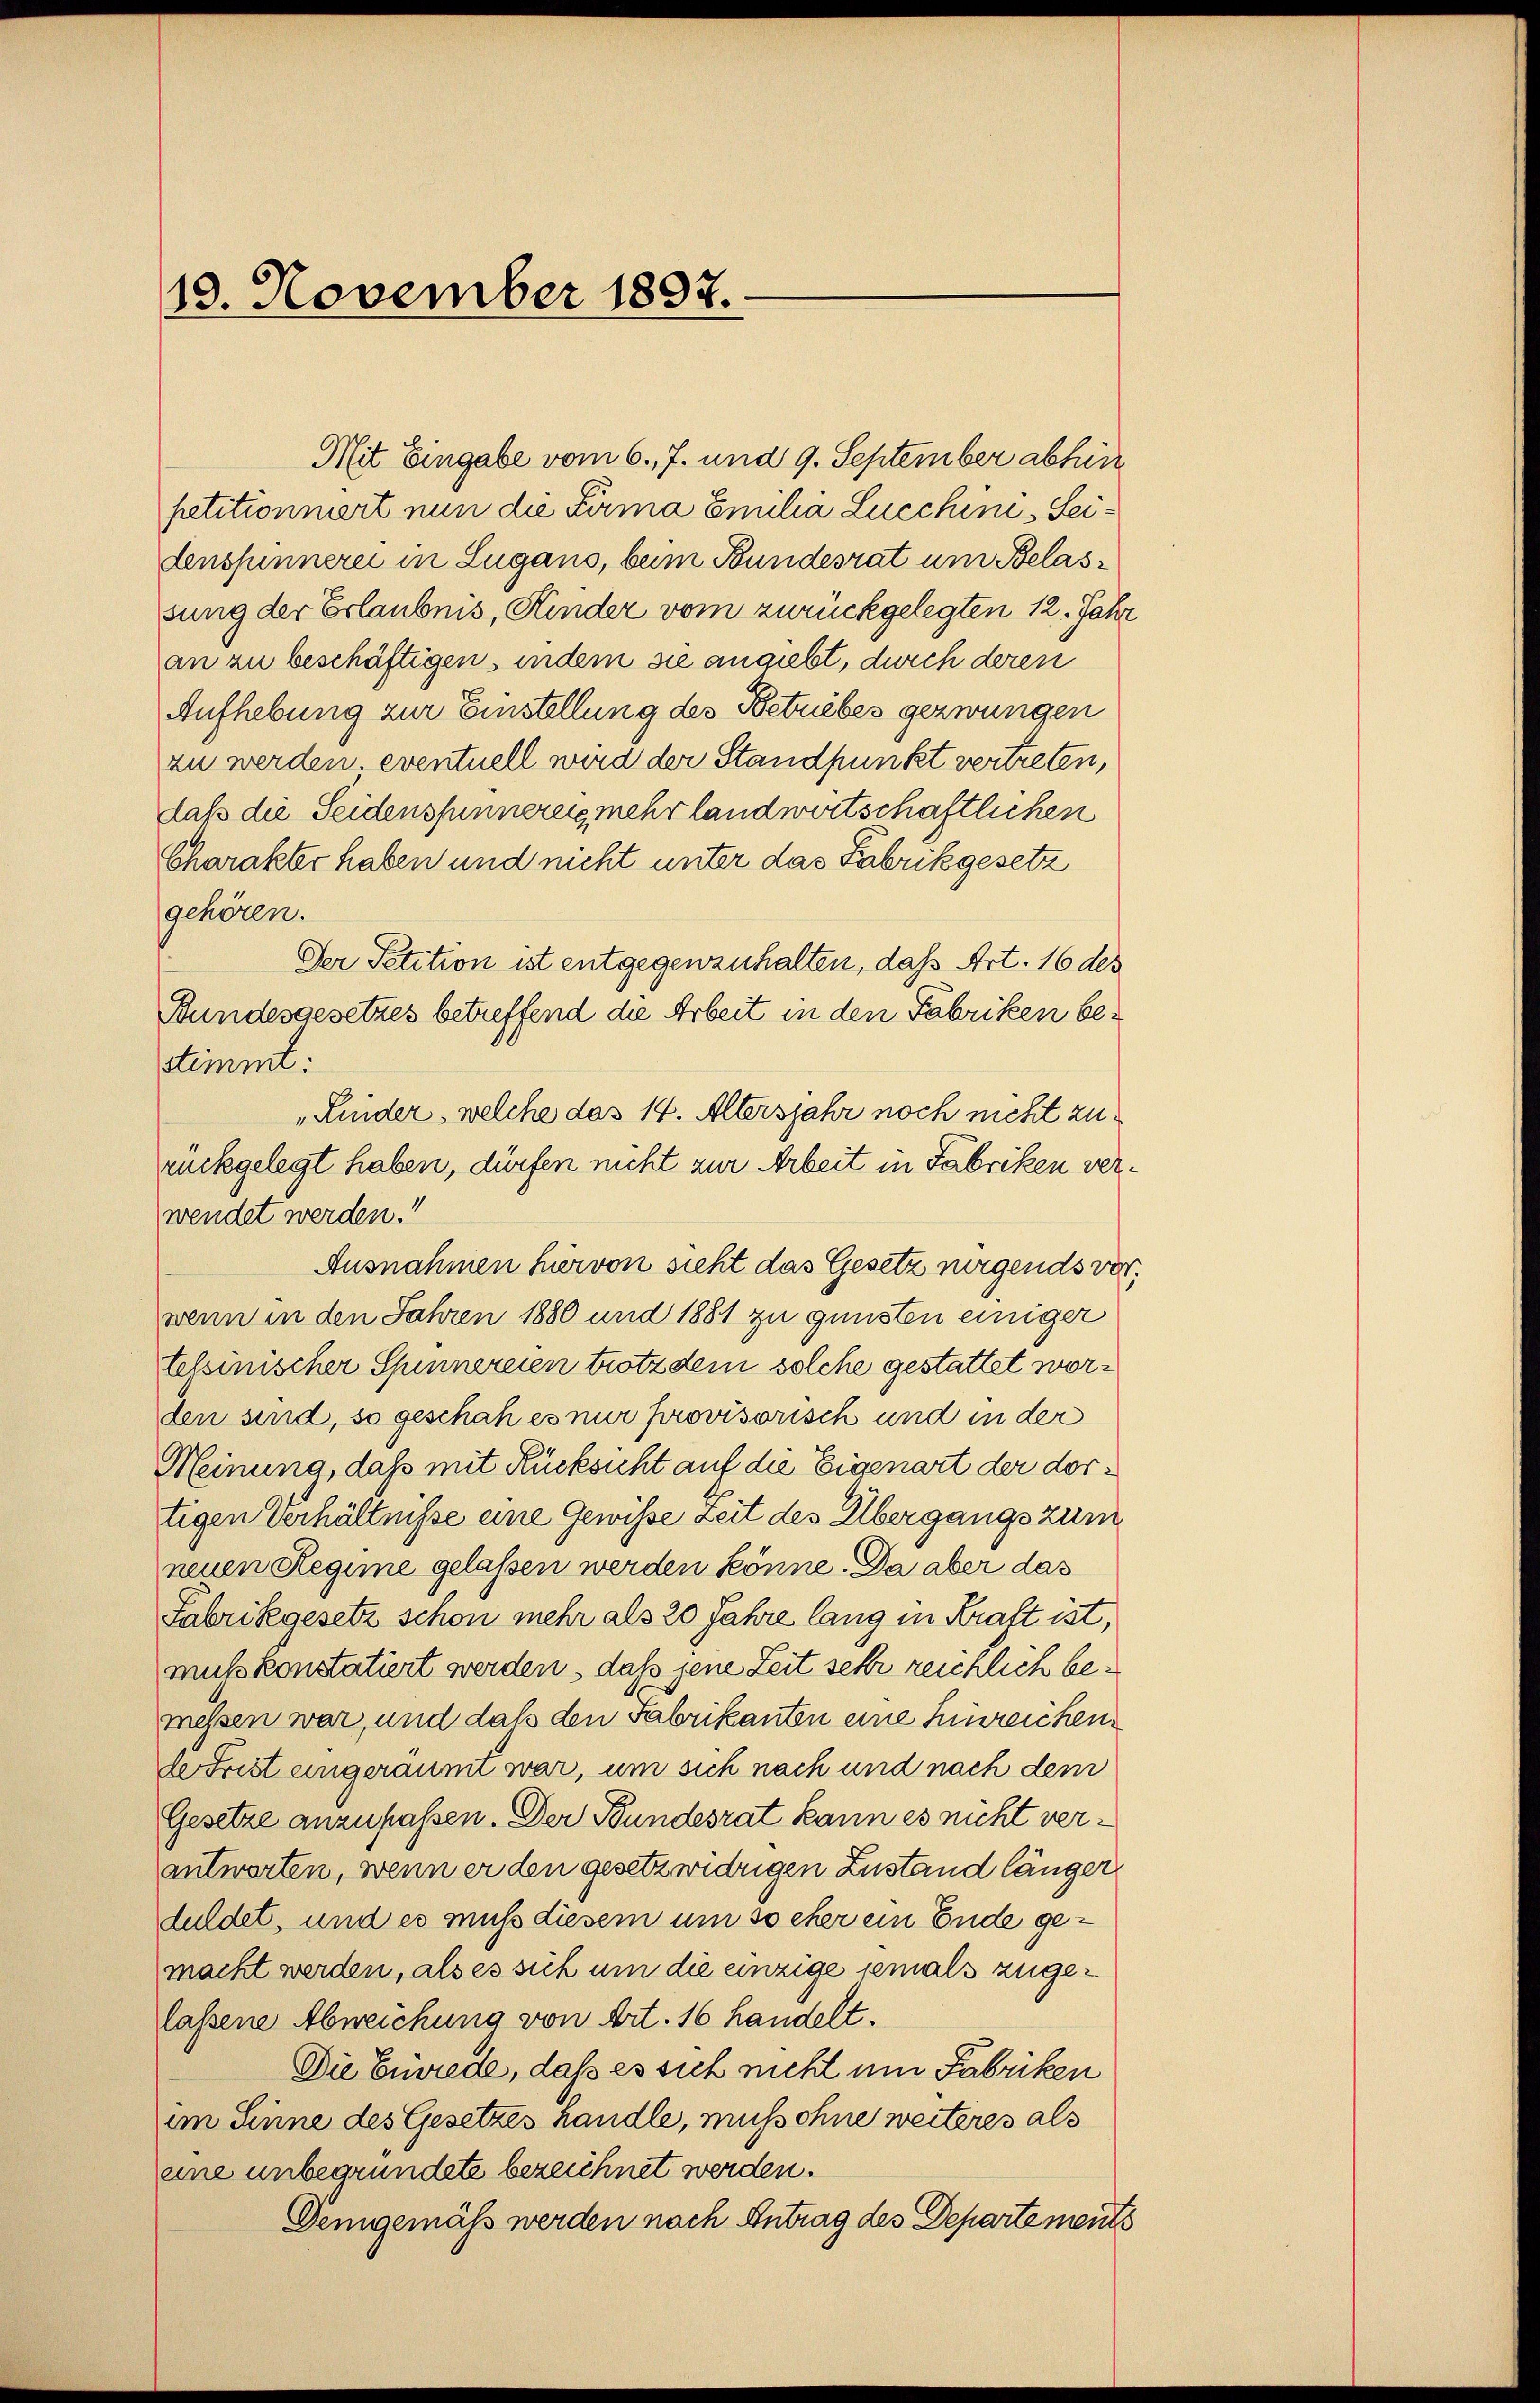
19. November 1897.

Charakter haben und nicht unter das Fabrikgesetz
gehören.
Der Petition ist entgegenzuhalten, daß Art. 16 des
Bundesgesetzes betreffend die Arbeit in den Fabriken be¬
Ausnahmen hiervon sieht das Gesetz nirgends ver
wenn in den Jahren 1880 und 1881 zu gunsten einiger
telsinischer Spinnereien trotzdem solche gestattet worden sind, so geschah es nur provisorisch und in der
Meinung, daß mit Rücksicht auf die Eigenart der dortigen Verhältnisse eine Gewisse Zeit des Übergangs zum
neuen Regime gelassen werden könne. Da aber das
Fabrikgesetz schon mehr als 20 Jahre lang in Kraft ist,
muss konstatiert werden, daß jene Zeit sehr reichlich bemessen war, und daß den Fabrikanton eine hinreichende Frist eingeräumt war, um sich nach und nach dem
Gesetze anzufaßen. Der Bundesrat kann es nicht verantworten, wenn er den gesetz widrigen Zustand länger
duldet, und es muß diesem um so eher ein Ende gemackt werden, als es sich um die einzige jemals zugelassene Abweichung von Art. 16 handelt.
Die Erwiede, daß es sich nicht um Fabriken
im Sinne des Gesetzes handle, muss ohne weiteres als
eine unbegründete bezeichnet werden.
Demgemäß werden nach Antrag des Departements

stimmt:
Kinder, welche das 14. Altersjahr noch nicht zu
rückgelegt haben, dürfen nicht zur Arbeit in Fabriken ver¬

wendet werden.“

Mit Eingabe vom 6. 7. und 9. September abhin
petitionniert nun die Firma Emilia Lucchini Seidensfunnerei in Lugans, bum Bundesrat um Belassung der Erlaubnis, Kinder vom zurückgelegten 12. Jahr
an zu beschäftigen, indem sie angiebt, durch deren
Aufhebung zur Einstellung des Betriebes gezwungen
zu werden. eventuell wird der Standpunkt vertreten,
daß die Seidenspinnerung mehr landwirtschaftlichen